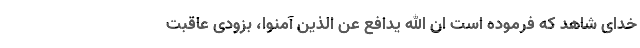
خدای شاهد که فرموده است ان الله یدافع عن الذین آمنوا، بزودی عاقبت